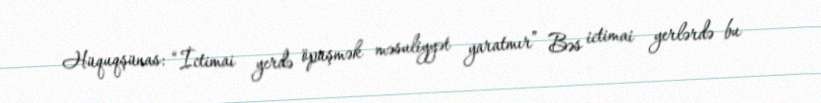
Hüquqşünas: “İctimai yerdə öpüşmək məsuliyyət yaratmır” Bəs ictimai yerlərdə bu